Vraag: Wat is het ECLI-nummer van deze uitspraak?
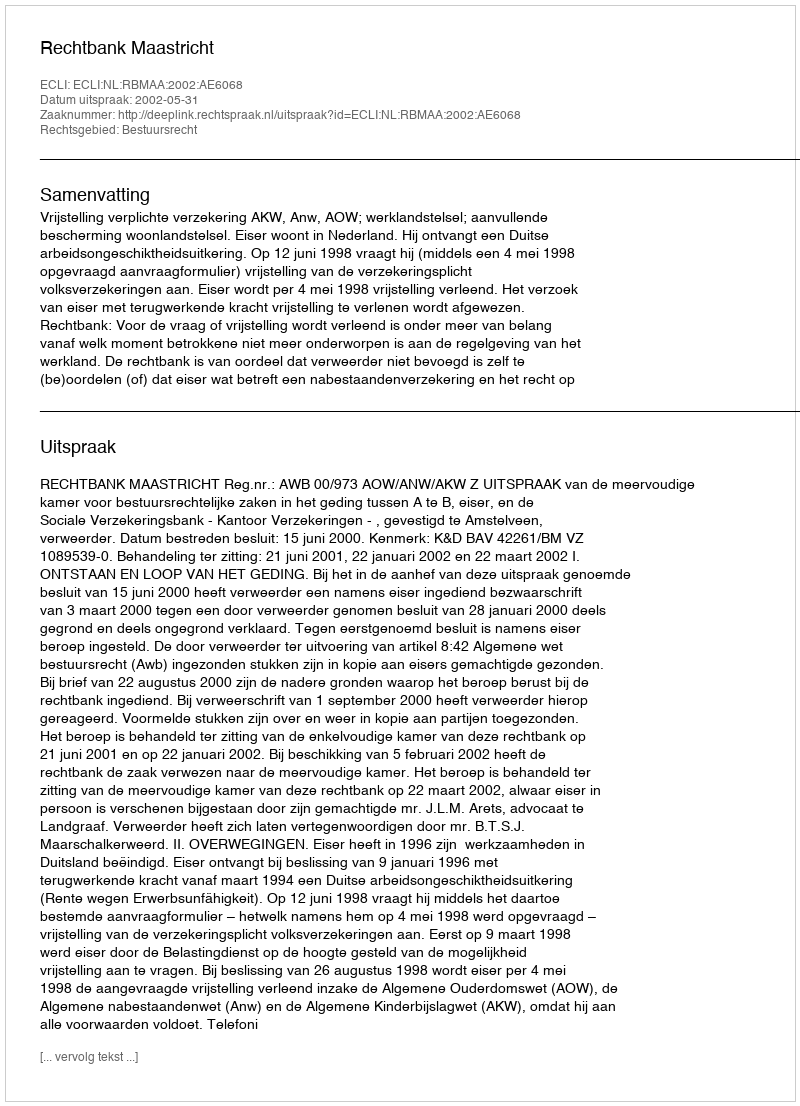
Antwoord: ECLI:NL:RBMAA:2002:AE6068